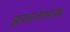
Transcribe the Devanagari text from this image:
झपाटलेपणानेच